Triennial report on the lunatic asylums in the province of Eastern Bengal and Assam - 1903-1911
Year: 1903
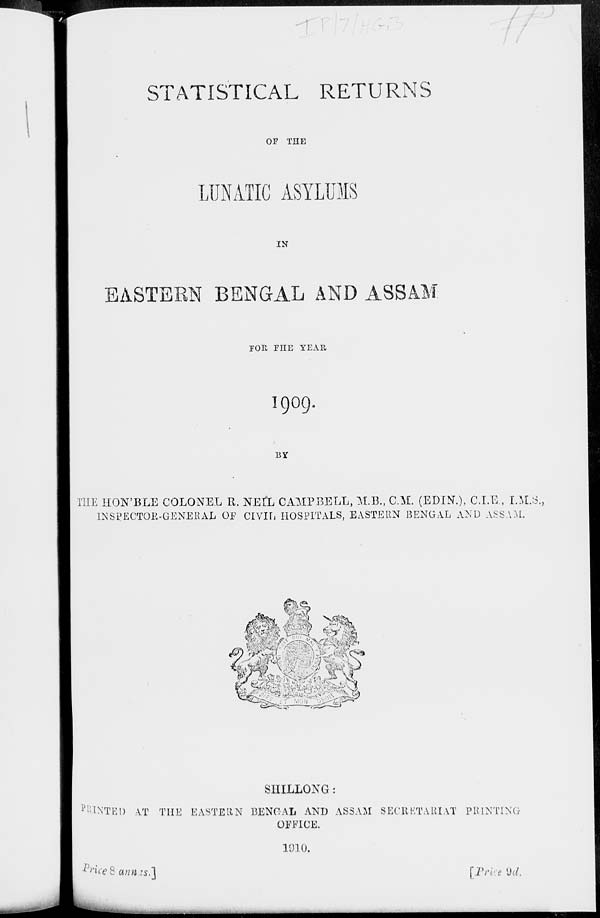
STATISTICAL RETURNS
OF THE
LUNATIC ASYLUMS
IN
EASTERN BENGAL AND ASSAM
FOR THE YEAR
1909.
BY
THE HON'BLE COLONEL R. NEIL CAMPBELL, M.B., C.M. (EDIN.), C.I.E. , I.M.S.,
INSPECTOR-GENERAL OF CIVIL HOSPITALS, EASTERN BENGAL AND ASSAM.
SHILLONG :
PRINTED AT THE EASTERN BENGAL AND ASSAM SECRETARIAT PRINTING
OFFICE.
1910.
Price 8 annas.]
[Price 9d.